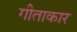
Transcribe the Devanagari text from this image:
गीताकार